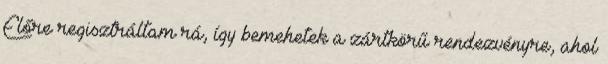
Előre regisztráltam rá, így bemehetek a zártkörű rendezvényre, ahol